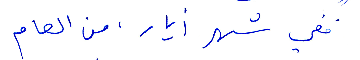
ففي شهر أيار، من العام